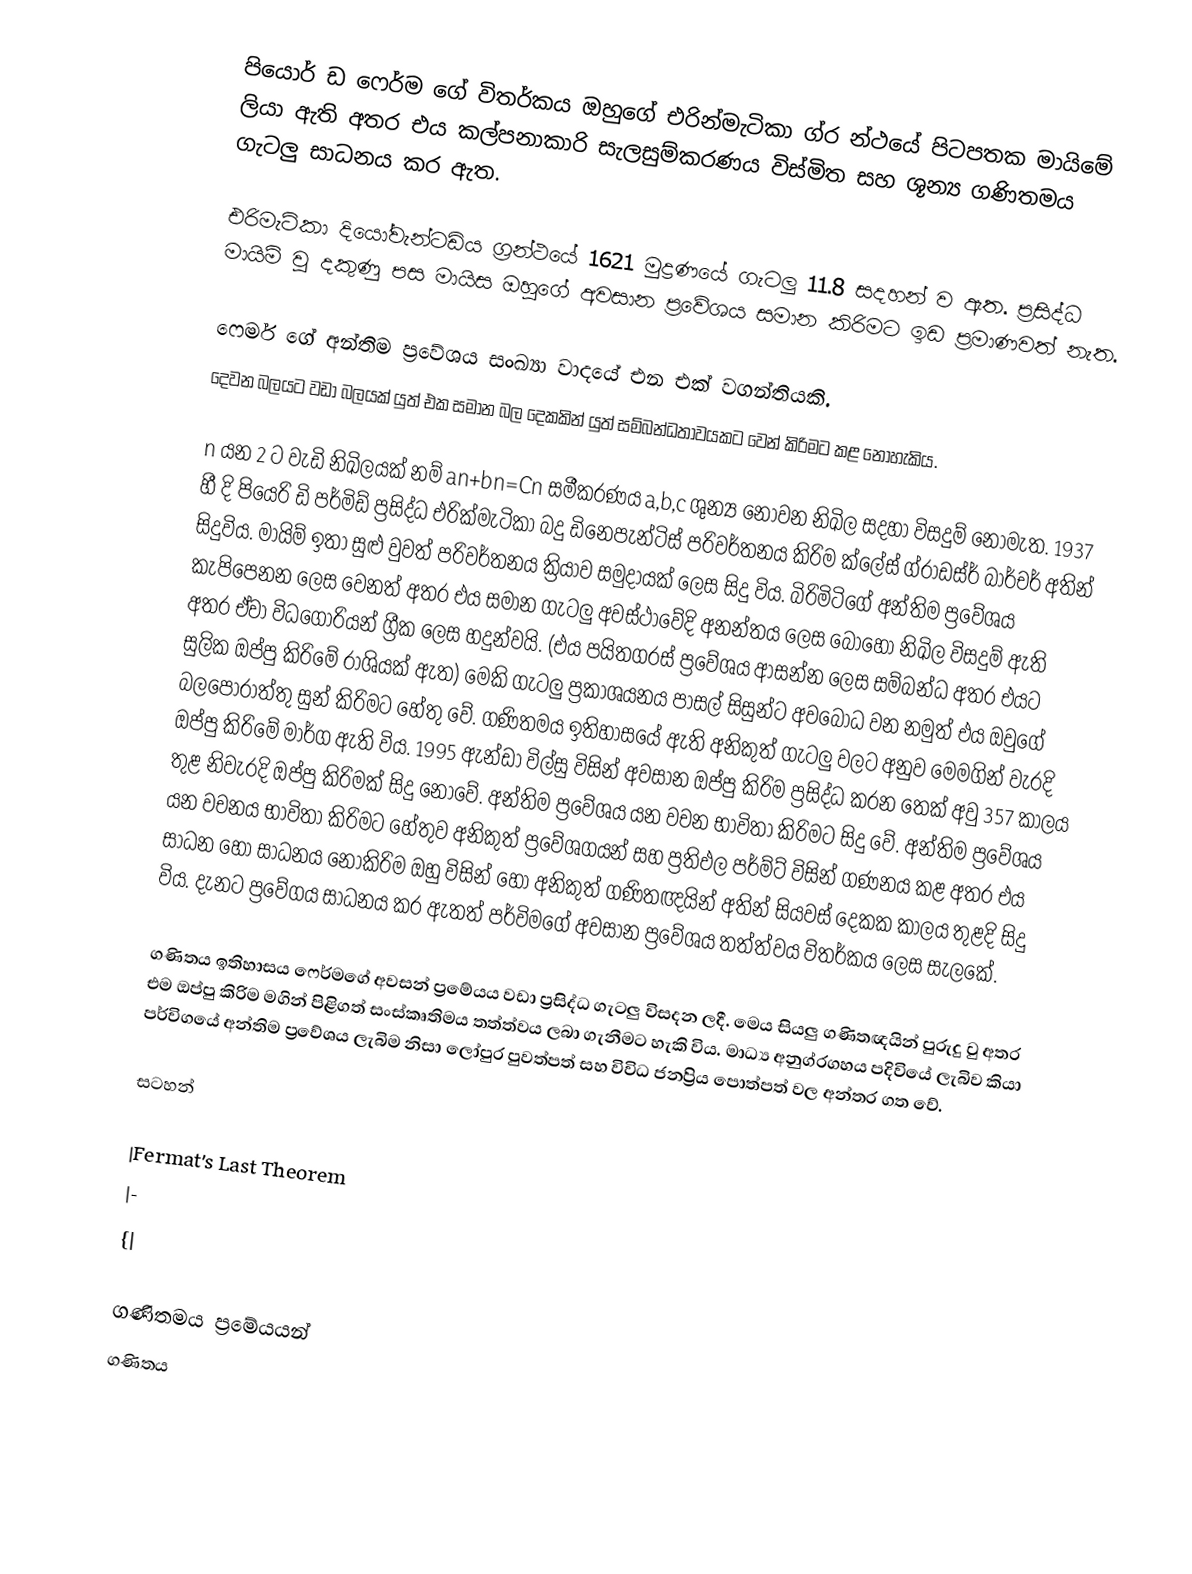
පියොර් ඩ ෆෙර්ම ගේ විතර්කය ඔහුගේ එරින්මැටිකා ග්ර න්ථයේ පිටපතක මායිමේ ලියා ඇති අතර එය කල්පනාකාරි සැලසුම්කරණය විස්මිත සහ ශූන්‍ය ගණිතමය ගැටලු සාධනය කර ඇත.

එරිමැටිකා දියෝවැන්ටඩිය ග්‍රන්ථයේ 1621 මුද්‍රණයේ ගැටලු 11.8 සදහන් ව ඇත. ප්‍රසිද්ධ මායිම් වු දකුණු පස මායිස ඔහුගේ අවසාන ප්‍රවේශය සමාන කිරිමට ඉඩ ප්‍රමාණවත් නැත.

ෆෙර්ම ගේ අන්තිම ප්‍රවේශය සංඛ්‍යා වාදයේ එන එක් වගන්තියකි.
දෙවන බලයට වඩා බලයක් යුත් එක සමාන බල දෙකකින් යුත් සම්බන්ධතාවයකට වෙන් කිරිමට කළ නොහැකිය.

n යන 2 ට වැඩි නිඛිලයක් නම් an+bn=Cn   සමීකරණය  a,b,c ශුන්‍ය  නොවන නිඛිල සදහා විසදුම් නොමැත. 1937 හී දි පියෙරි ඩි පර්මිඩ් ප්‍රසිද්ධ එරික්මැටිකා බදු ඩිනෙපැන්ටිස් පරිවර්තනය කිරිම ක්ලේස් ග්රාඩස්ර් බාර්චර් අතින් සිදුවිය. මායිම් ඉතා සුළු වුවත් පරිවර්තනය ක්‍රියාව සමුදායක් ලෙස සිදු විය. බිරිමිටිගේ අන්තිම ප්‍රවේශය කැපිපෙනන ලෙස වෙනත් අතර එය සමාන ගැටලු අවස්ථාවේදි අනන්තය ලෙස බොහෝ නිඛිල විසදුම් ඇති අතර ඒවා විධගෝරියන් ග්‍රීක ලෙස හදුන්වයි. (එය පයිතගරස් ප්‍රවේශය ආසන්න ලෙස සම්බන්ධ අතර එය‍ට සුලික ඔප්පු කිරිමේ රාශියක් ඇත) මෙකි ගැටලු ප්‍රකාශයනය පාසල් සිසුන්ට අවබෝධ වන නමුත් එය ඔවුගේ බලපොරාත්තු සුන් කිරිමට හේතු වේ. ගණිතමය ඉතිහාසයේ ඇති අනිකුත් ගැටලු වලට අනුව මෙමගින් වැරදි ඔප්පු කිරිමේ මාර්ග ඇති විය. 1995 ඇන්ඩා විල්සු විසින් අවසාන ඔප්පු කිරිම ප්‍රසිද්ධ කරන තෙක් අවු 357 කාලය තුළ නිවැරදි ඔප්පු කිරිමක් සිදු නොවේ. අන්තිම ප්‍රවේශය යන වචන භාවිතා කිරිමට සිදු වේ. අන්තිම ප්‍රවේශය යන වචනය භාවිතා කිරිමට හේතුව අනිකුත් ප්‍රවේශගයන් සහ ප්‍රතිඵල පර්ම්ට් විසින් ගණනය කළ අතර එය සාධන හෝ සාධනය නොකිරිම ඔහු විසින් හෝ අනිකුත් ගණිතඥයින් අතින් සියවස් දෙකක කාලය තුළදි සිදු විය. දැනට ප්‍රවේගය සාධනය කර ඇතත් පර්විමගේ අවසාන ප්‍රවේශය තත්ත්වය විතර්කය ලෙස සැලකේ.

ගණිතය ඉතිහාසය ෆෙර්මගේ අවසන් ප්‍රමේයය වඩා ප්‍රසිද්ධ ගැටලු විසදන ලදී. මෙය සියලු ගණිතඥයින් පුරුදු වු අතර එම ඔප්පු කිරිම මගින් පිළිගත්  සංස්කෘතිමය තත්ත්වය ලබා ගැනීමට හැකි විය. මාධ්‍ය අනුග්රගහය පදිවියේ ලැබිව කියා පර්විගයේ අන්තිම ප්‍රවේශය ලැබිම නිසා ලෝපුර පුවත්පත් සහ විවිධ ජනප්‍රිය පොත්පත් වල අන්තර ගත වේ.

සටහන්

|Fermat's Last Theorem
|-
{|

ගණිතමය ප්‍රමේයයන්
ගණිතය